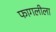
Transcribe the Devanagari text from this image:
फागलीला